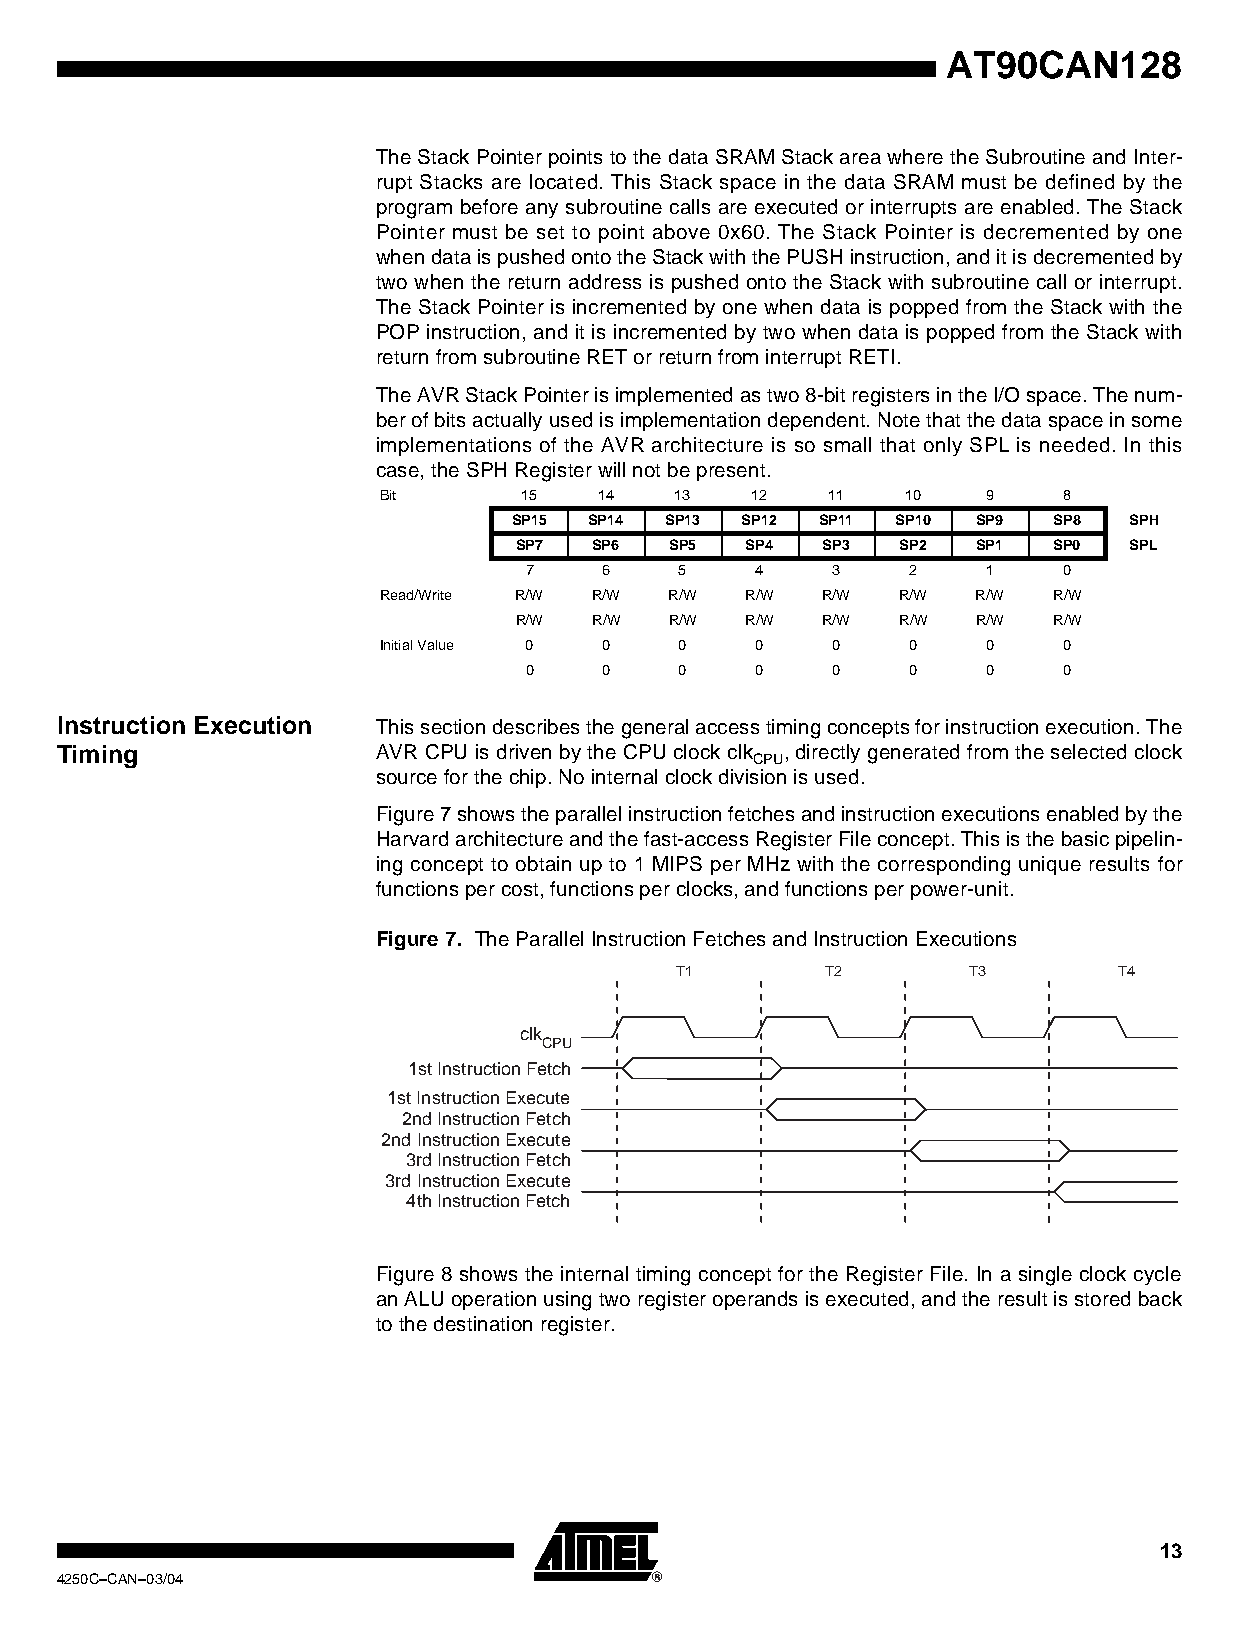
AT90CAN128
 The Stack Pointer points to the data SRAM Stack area where the Subroutine and Inter-
 rupt Stacks are located. This Stack space in the data SRAM must be defined by the
 program before any subroutine calls are executed or interrupts are enabled. The Stack
 Pointer must be set to point above 0x60. The Stack Pointer is decremented by one
 when data is pushed onto the Stack with the PUSH instruction, and it is decremented by
 two when the return address is pushed onto the Stack with subroutine call or interrupt.
 The Stack Pointer is incremented by one when data is popped from the Stack with the
 POP instruction, and it is incremented by two when data is popped from the Stack with
 return from subroutine RET or return from interrupt RETI.
 The AVR Stack Pointer is implemented as two 8-bit registers in the I/O space. The num-
 ber of bits actually used is implementation dependent. Note that the data space in some
 implementations of the AVR architecture is so small that only SPL is needed. In this
 case, the SPH Register will not be present.
 Bit       15   14   13   12   11   10   9    8
 SP15 SP14 SP13 SP12 SP11 SP10  SP9  SP8  SPH
 SP7  SP6  SP5  SP4  SP3   SP2  SP1  SP0  SPL
 7    6    5    4    3    2    1    0
 Read/Write R/W R/W R/W  R/W  R/W   R/W  R/W  R/W
 R/W  R/W  R/W  R/W  R/W   R/W  R/W  R/W
 Initial Value 0 0   0    0    0    0    0    0
 0    0    0    0    0    0    0    0
 Instruction Execution This section describes the general access timing concepts for instruction execution. The
 Timing               AVR CPU is driven by the CPU clock clk , directly generated from the selected clock
 CPU
 source for the chip. No internal clock division is used.
 Figure 7 shows the parallel instruction fetches and instruction executions enabled by the
 Harvard architecture and the fast-access Register File concept. This is the basic pipelin-
 ing concept to obtain up to 1 MIPS per MHz with the corresponding unique results for
 functions per cost, functions per clocks, and functions per power-unit.
 Figure 7. The Parallel Instruction Fetches and Instruction Executions
 T1        T2       T3        T4
 clk
 CPU
 1st Instruction Fetch
 1st Instruction Execute
 2nd Instruction Fetch
 2nd Instruction Execute
 3rd Instruction Fetch
 3rd Instruction Execute
 4th Instruction Fetch
 Figure 8 shows the internal timing concept for the Register File. In a single clock cycle
 an ALU operation using two register operands is executed, and the result is stored back
 to the destination register.
 13
 4250C–CAN–03/04